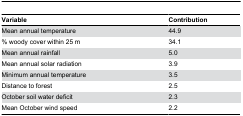
| Variable | Contribution |
 | --- | --- |
 | Mean annual temperature | 44.9 |
 | % woody cover within 25 m | 34.1 |
 | Mean annual rainfall | 5.0 |
 | Mean annual solar radiation | 3.9 |
 | Minimum annual temperature | 3.5 |
 | Distance to forest | 2.5 |
 | October soil water deficit | 2.3 |
 | Mean October wind speed | 2.2 |